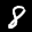
Label: 8